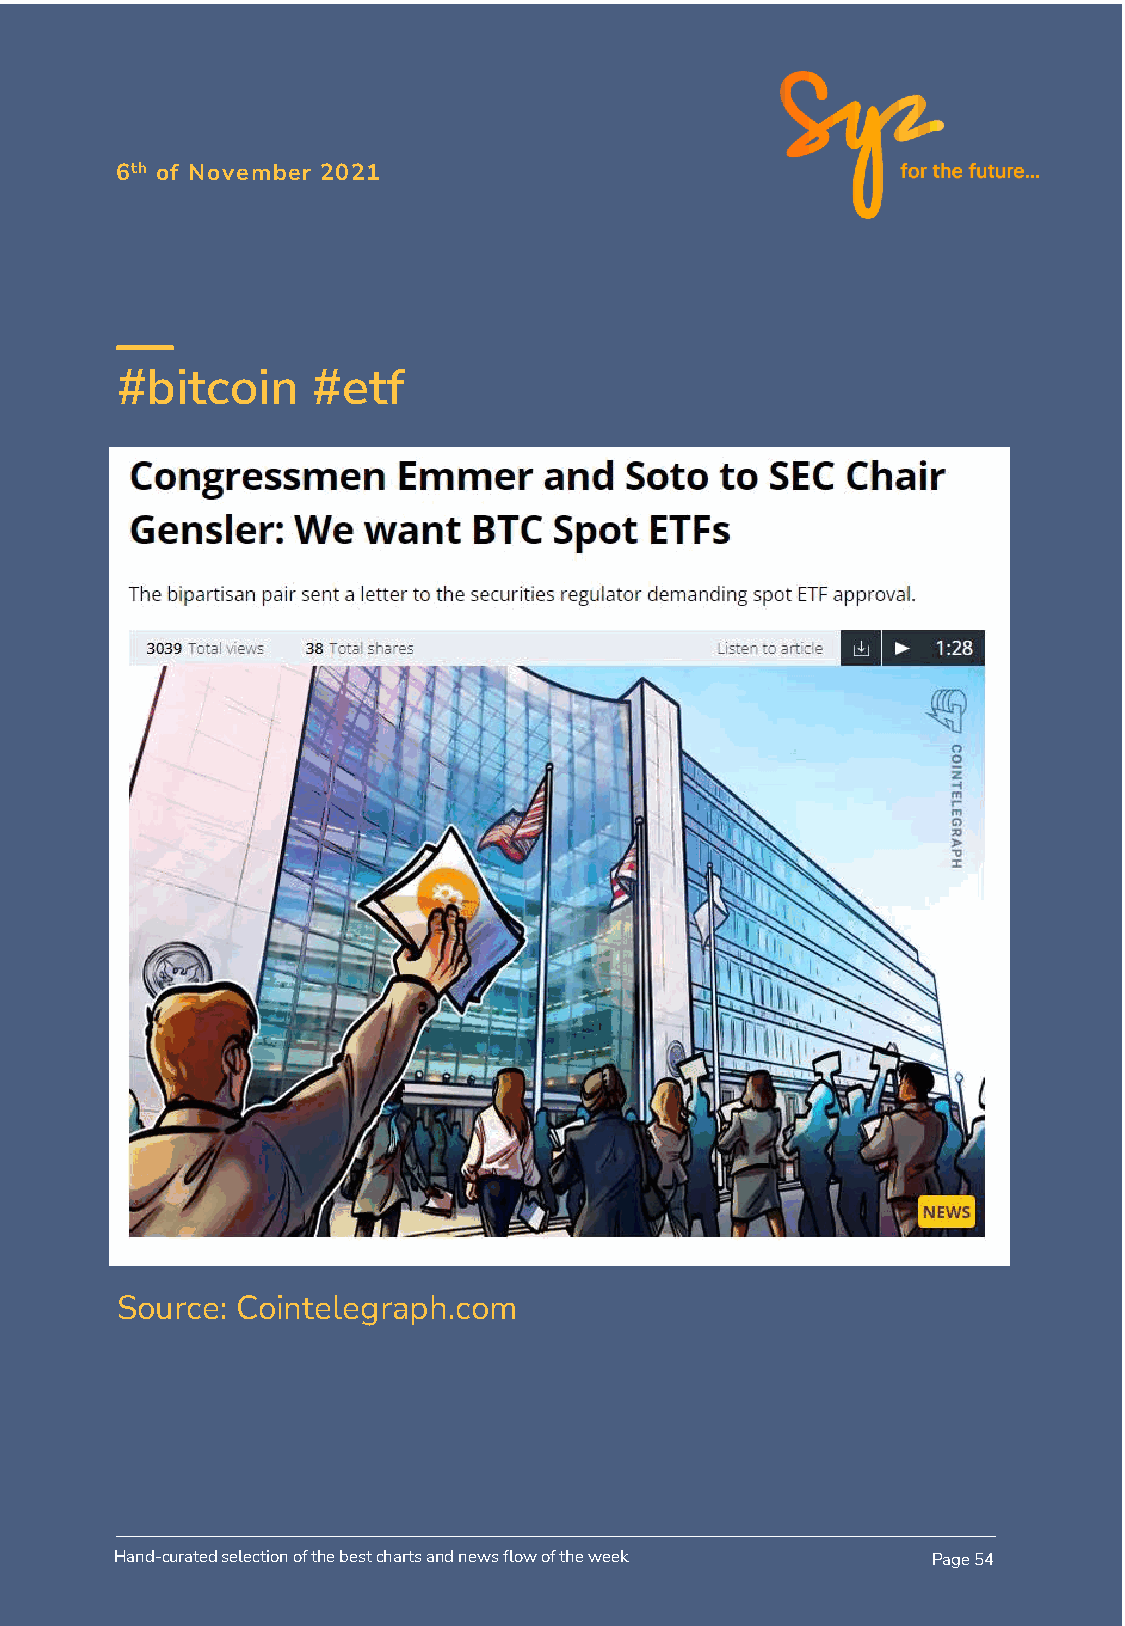
6th of November 2021
 #bitcoin     #etf
 Source: Cointelegraph.com
 Hand-curated selection of the best charts and news flow of the week Page 54